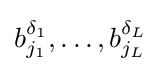
b_{j_{1}}^{\delta _{1}},\ldots ,b_{j_{L}}^{\delta _{L}}